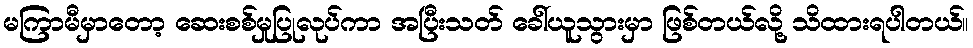
မကြာမီမှာတော့ ဆေးစစ်မှုပြုလုပ်ကာ အပြီးသတ် ခေါ်ယူသွားမှာ ဖြစ်တယ်လို့ သိထားရပါတယ်။